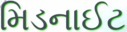
મિડનાઈટ